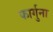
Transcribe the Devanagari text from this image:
फार्गुना